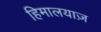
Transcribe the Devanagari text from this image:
हिमालयाज़